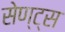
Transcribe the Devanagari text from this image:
सेण्ट्स